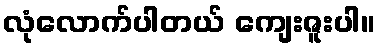
လုံလောက်ပါတယ် ကျေးဇူးပါ။